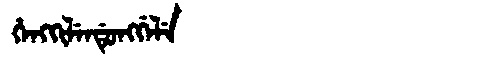
Manchu: ᡥᡝᠩᡴᡳᠯᡝᠨᡩᡠᠩᡤᡝᠯᡝ
Romanization: HENGKILENDUNGGELE